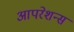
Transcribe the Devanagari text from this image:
आपरेशन्स